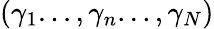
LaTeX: (\gamma_{1}...,\gamma_{n}...,\gamma_{N})